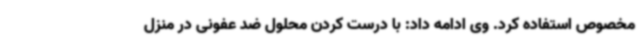
مخصوص استفاده کرد. وی ادامه داد: با درست کردن محلول ضد عفونی در منزل